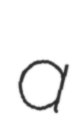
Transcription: a